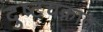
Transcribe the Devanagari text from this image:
दुष्टचक्रात